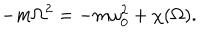
- m \Omega ^ { 2 } = - m \omega _ { 0 } ^ { 2 } + \chi ( \Omega ) .